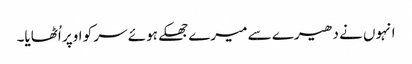
انہوں نے دھیرے سے میرے جھکے ہوئے سر کو اوپر اُٹھایا۔